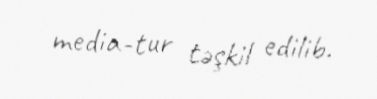
media-tur təşkil edilib.